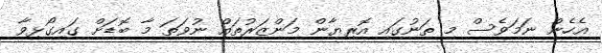
އެހެން ނަމަވެސް މި ތަނުގައި އޮރިޔާން މަންޒަރުތައް ނުވަތަ މާ ބޮޑަށް ގައިގޯޅިވާ